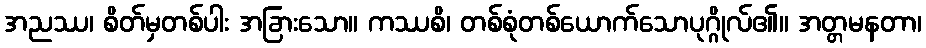
အညဿ၊ စိတ်မှတစ်ပါး အခြားသော။ ကဿစိ၊ တစ်စုံတစ်ယောက်သောပုဂ္ဂိုလ်၏။ အတ္တမနတာ၊